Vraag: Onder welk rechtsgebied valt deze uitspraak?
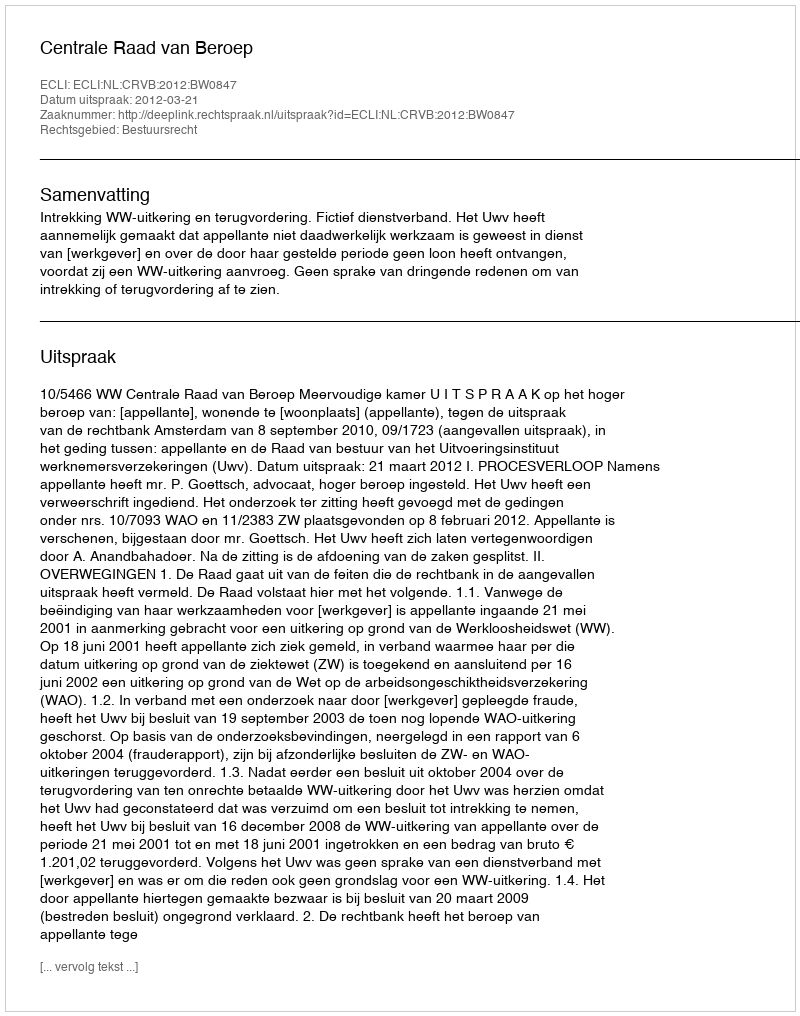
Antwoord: Bestuursrecht